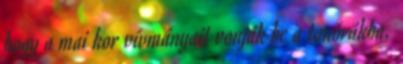
hogy a mai kor vívmányait vonják be a tanórákba,